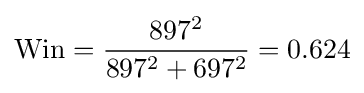
{\text{Win}}={\frac {897^{2}}{897^{2}+697^{2}}}=0.624